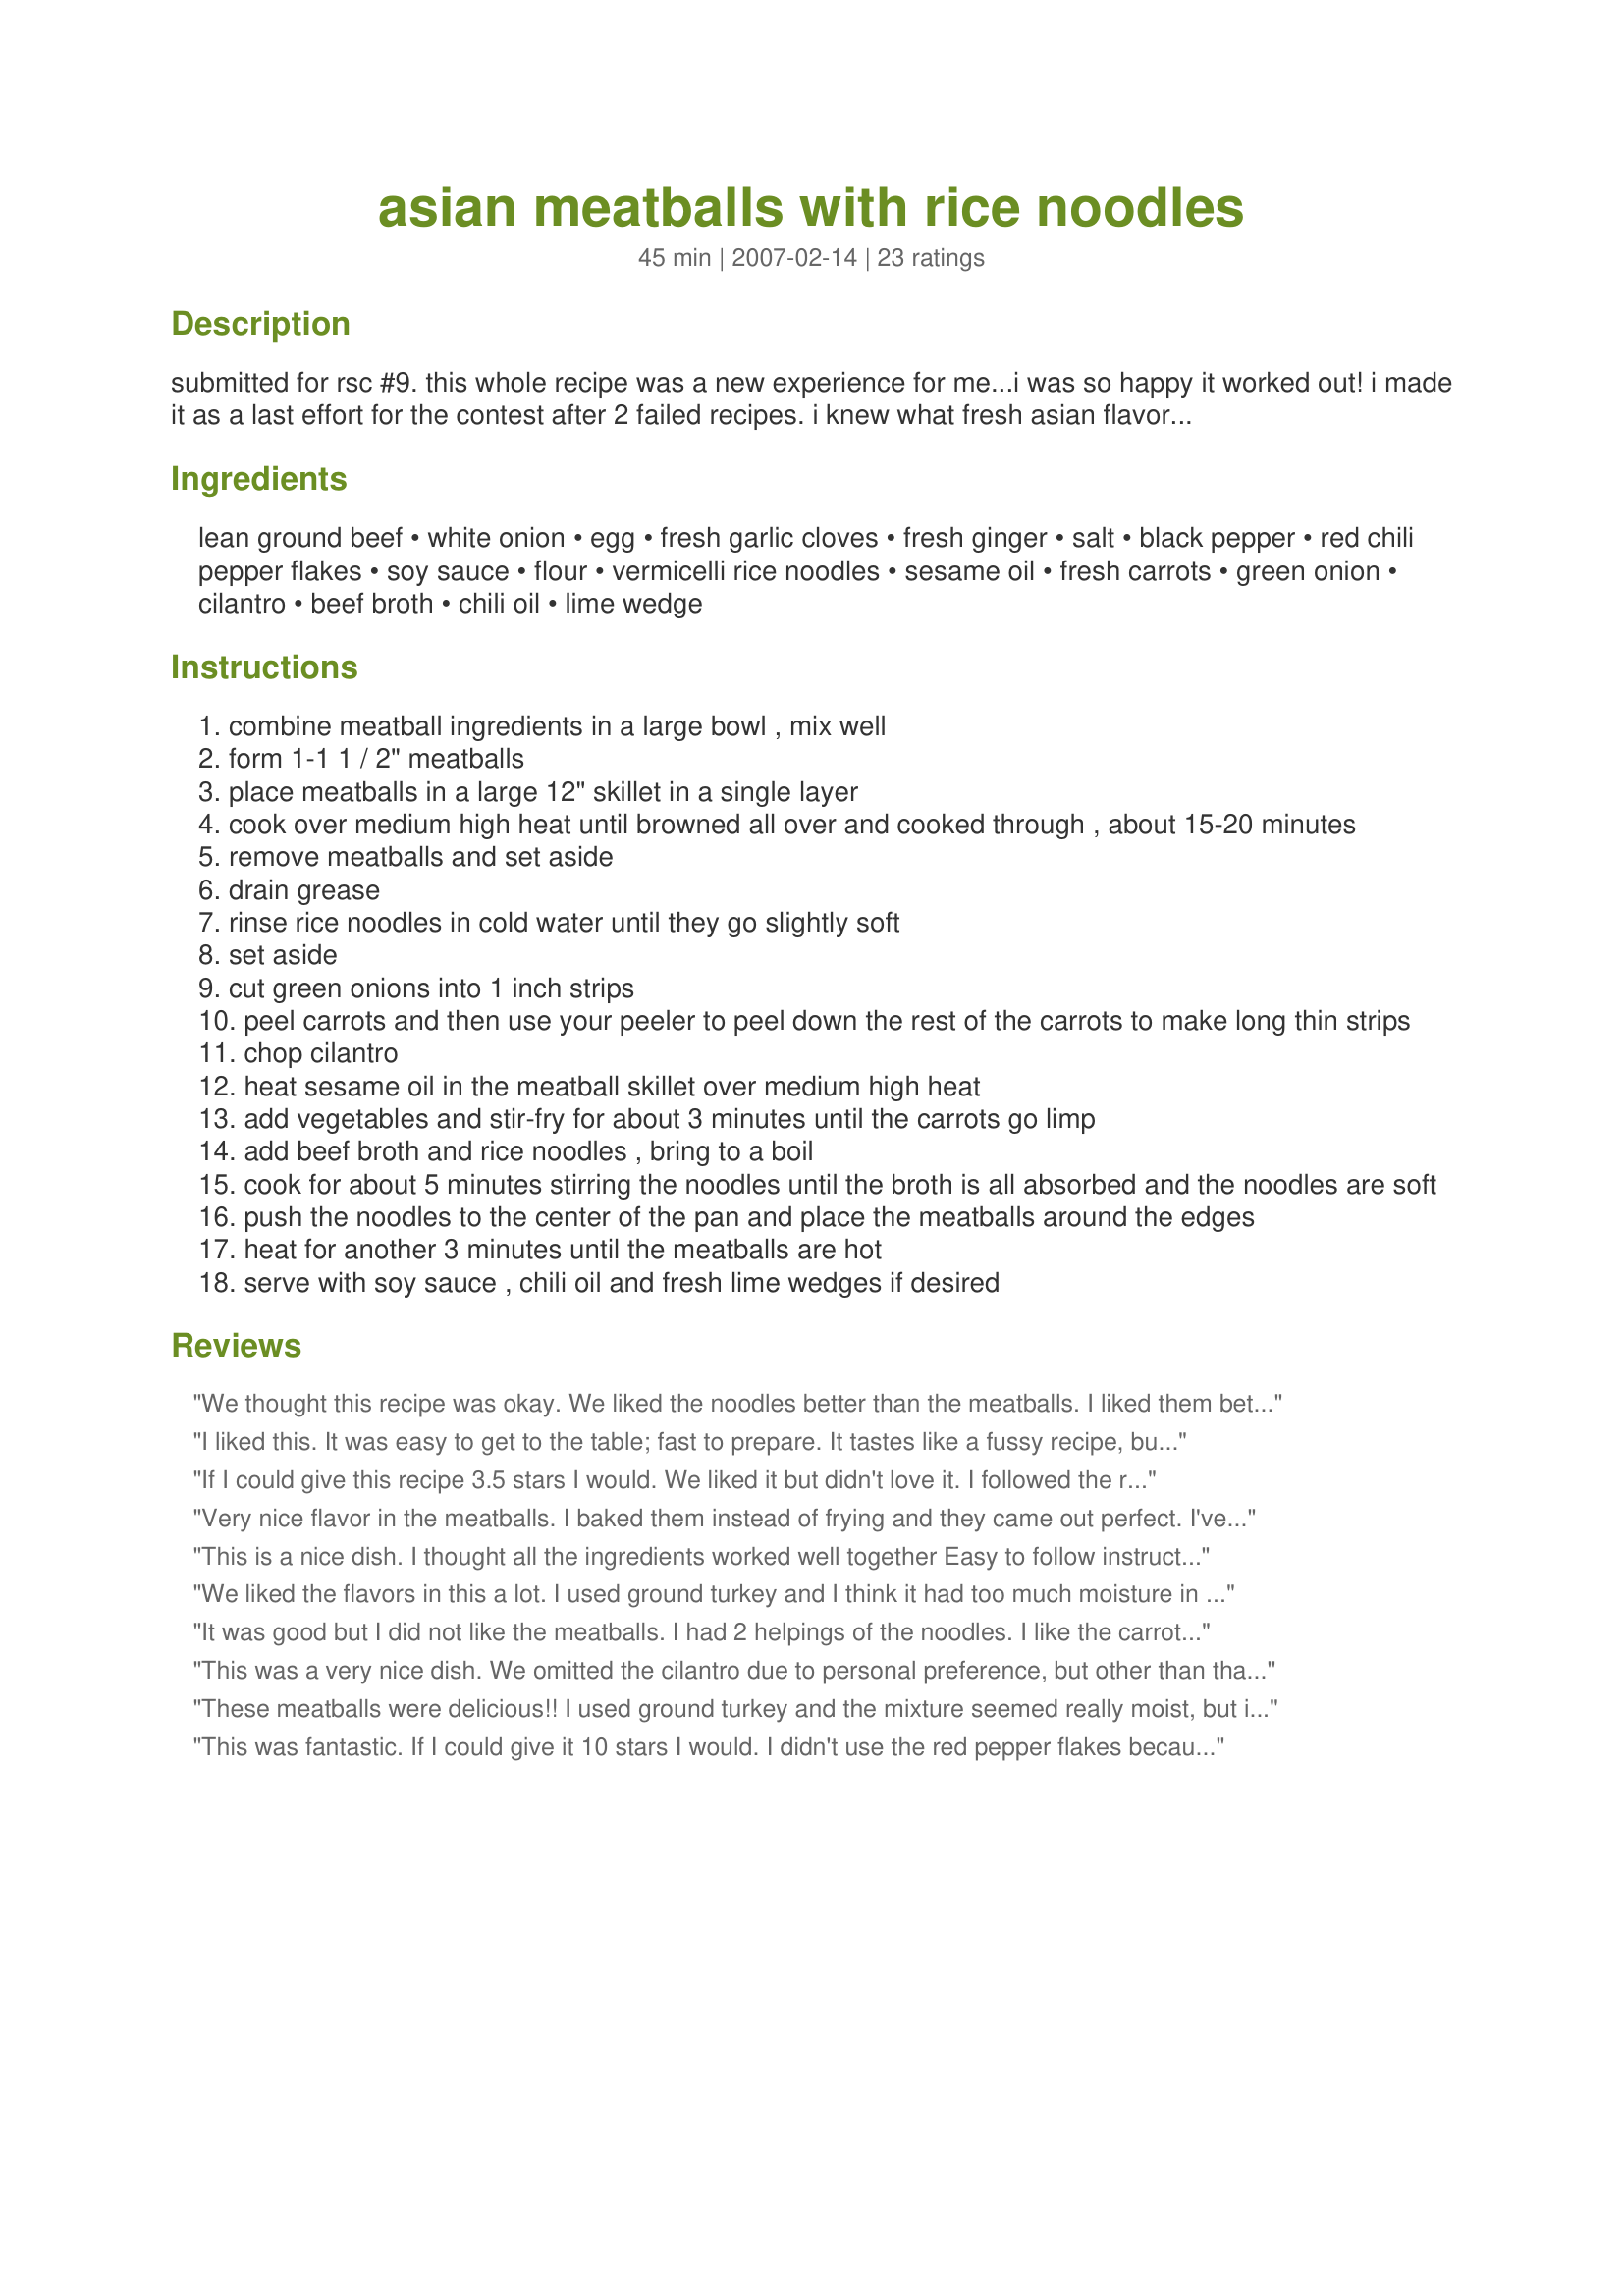
asian meatballs with rice noodles
Preparation time: 45 minutes

submitted for rsc #9. this whole recipe was a new experience for me...i was so happy it worked out! i made it as a last effort for the contest after 2 failed recipes. i knew what fresh asian flavors i liked together so that is what inspired the meatballs. i was impressed with how flavorful they turned out! they did end up a little hot so feel free to cut down on the peppers. i loved the rice noodles so much that they will be come a regular quick meal in my home. i love the suggestions from reviewers to bake the meatballs. why didn't i think of that? i do think the sesame oil is a very important flavor enhancer for the noodles. thanks to everyone who tried this for the contest!

Ingredients:
lean ground beef, white onion, egg, fresh garlic cloves, fresh ginger, salt, black pepper, red chili pepper flakes, soy sauce, flour, vermicelli rice noodles, sesame oil, fresh carrots, green onion, cilantro, beef broth, chili oil, lime wedge

Steps:
combine meatball ingredients in a large bowl , mix well
form 1-1 1 / 2" meatballs
place meatballs in a large 12" skillet in a single layer
cook over medium high heat until browned all over and cooked through , about 15-20 minutes
remove meatballs and set aside
drain grease
rinse rice noodles in cold water until they go slightly soft
set aside
cut green onions into 1 inch strips
peel carrots and then use your peeler to peel down the rest of the carrots to make long thin strips
chop cilantro
heat sesame oil in the meatball skillet over medium high heat
add vegetables and stir-fry for about 3 minutes until the carrots go limp
add beef broth and rice noodles , bring to a boil
cook for about 5 minutes stirring the noodles until the broth is all absorbed and the noodles are soft
push the noodles to the center of the pan and place the meatballs around the edges
heat for another 3 minutes until the meatballs are hot
serve with soy sauce , chili oil and fresh lime wedges if desired

Reviews:
We thought this recipe was okay. We liked the noodles better than the meatballs. I liked them better without the additional soy sauce. I did not use the optional cilantra as 2 of the people in my family do not like it. 3 stars for okay, but probably won't make again.
I liked this. It was easy to get to the table; fast to prepare. It tastes like a fussy recipe, but it's not. I made it eposted and added a tsp. galanga powder to the soup broth. That seemed to give it a little more of that yum factor. I will make this again and maybe add some grn. pepper. Good recipe. Thanks Engrossed.
If I could give this recipe 3.5 stars I would. We liked it but didn't love it. I followed the recipe as stated with the exception of omitting the chili oil as I didn't have any. I think that would have made it a little better, but as it was, it was a little bland for our taste. I love the idea of Asian meatballs and may try this again with a few more spices in the meat... We did enjoy the noodles, especially with the lime and extra soy sauce! thanks for sharing!
Very nice flavor in the meatballs. I baked them instead of frying and they came out perfect. I've tried a few Zaar recipes for meatballs, but these are my favorite so far. Hope they win. :)
This is a nice dish. I thought all the ingredients worked well together Easy to follow instructions. We wiill make this again! Thanks!
We liked the flavors in this a lot. I used ground turkey and I think it had too much moisture in it because I had a lot of trouble getting the meatballs to set. I ended up just browning the meat mixture, like you would for sloppy joes or some such, and tossing it with the noodles. I would definitely recommend sticking with the beef for the meatballs. Everything else was awesome. I left out the cilantro as I cannot stand the taste. Congrats on a fabulous entry!
It was good but I did not like the meatballs. I had 2 helpings of the noodles. I like the carrots cut like that!
This was a very nice dish. We omitted the cilantro due to personal preference, but other than that followed the recipe. We liked how the meatballs had a slight kick due to the pepper flakes. Thanks for posting!
These meatballs were delicious!! I used ground turkey and the mixture seemed really moist, but it came together really nicely and baked in the oven perfectly (400F for about 20 minutes). However, I did add 1/4 teaspoon of Chinese five-spice powder to the meatball mixture, and it just elevated them to another level! My husband used the word exquisite to describe the flavor. Thanks for a recipe I will most definitely use again!
This was fantastic. If I could give it 10 stars I would. I didn't use the red pepper flakes because I have small kids, but I didn't even miss it. I can see us eating this once a week! Even the kids liked it.
We loved this, I made it with ground pork, and Veggie broth which was wonderful!! We liked all the flavers- thanks much
I really liked this! I did make a bit more sauce and used super-thin vermicelli for the noodles. Just the right amount of seasoning in my opinion - I added a bit more of the veggies maybe - but as written I thought it was good!
Sorry but really not something we would make again agreed with the previous review very bland noodles, and have had better meat balls. Made for Please Review my Recipe Cooking Game.
Outstanding! This was a last minute choice and I'm so glad I tried it! I made the meatballs during my OAMC cooking day, and I baked them instead of frying them, and popped them into the freezer. I pulled them the night before and then proceeded with the rest of the recipe. Making the meatballs ahead of time allowed me to have this recipe on the supper table in about 15 minutes! I left out the cilantro. I served it with soy sauce but you didn't really need the extra flavour because it was great even without it. I will be making this recipe again and recommending it to others! I hope this recipe wins, it is one of my favourites!
We enjoyed this meal. I doubled it for a crowd, so it took twice as much time to cook the meatballs -- I never have a pan big enough for our troops. :-) Anyway, there was too much spice for two at our table so, in future, I would cut back to a third of the recipe's amount. The noodles were almost a side dish, and didn't get gobbled up like the rest.
This was a very nice little recipe!
I, like bricookie55 used ground turkey and took her advice of adding 1/2 teaspoon Chinese 5 Spice powder to the meatball mixture. I ended up with about 30 1 inch round meatballs. For the noodles I used homemade poultry broth in place of the canned beef broth, skipped the cilantro and added another 1/2 teaspoon Chinese 5 Spice powder. I will probably, most likely make this recipe again. I'm thinking of trying these as an appetizer (minus the noodles) served with different Asian dipping sauces... might be nice, especially if you can make them ahead and freeze...
This is a very good recipe. The meatballs were delicious. Next time I think I will use more veggies in the noodles. Great flavor. Thanks for sharing!
Whole family really enjoyed this! I used ground turkey and chicken broth, and added lots more of the aromatics, 'cuz we like our stuff highly seasoned. It took awhile for the noodles to start softening in cold water; next time, I'll use hot. But, the noodle cooking method was easy, and they came out great. Next time, I might try adding the carrots and green onions when I add the noodles, for a crisper presentation. This dish feels very healthy, plus it was easy enough, and I'll certainly use it in the future!
I made this for DH and he said it was â€œOKâ€? He found the carrots a little overwhelming in the dish and judged the meatballs as â€œperfectly edible but not to my taste as far as a make-again recipe., unless we make some bigger changes to itâ€?. I try and warn people that DH is brutally honest in his reviewsâ€¦ and I can only hope that this doesnâ€™t put off anyone who thinks that it might suit them better because the smell certainly was enticing. Please see my rating system: 3 stars for a recipe that DH was delighted to try but which didnâ€™t eventually suit his tastes enough to make again without alterations . Thanks!
I had really high hopes for this recipe. I omitted the cilantro and chili flakes due to picky kids and per other reviews I baked the meatballs. That being said I got 24 meatballs. This turned out kinda bland, prob due to the omitted spices. I wil try this again and attempt to spice it up more. <br/>*Note: serve IMMEDIATELY or the noodles get gummy.
Very, very good! Will be adding this to my Asian dish collection. Definitely a keeper and easy to make. Only change was in used very thin egg noodles since that was what I had on hand.
Being a huge fan of anything Asian I have to say my family loved this recipe. Fresh ginger is always a great addition. I would have probably added more spices and make sauteed the meat and mixed it in but the flavor was there and my entire family enjoyed it including my 8 year old. Thanks!And good luck in the contest!
I made this last night but was disappointed with the results. We liked the flavor of the meatballs, but the noodles were rather bland. A few more seasonings are needed to give the noodles more flavor, more of a sauce may have helped as well. Won't be making this again.
